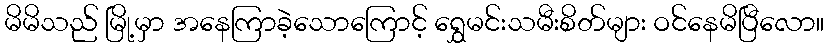
မိမိသည် မြို့မှာ အနေကြာခဲ့သောကြောင့် ရွှေမင်းသမီးစိတ်များ ဝင်နေမိပြီလော။